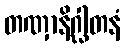
တဏှာနိဂ္ဃါတနံ